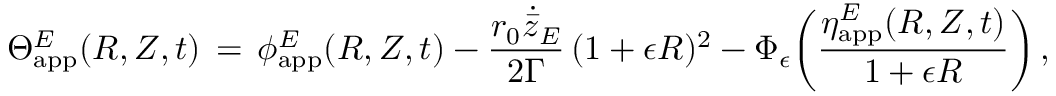
\Theta _ { \mathrm { a p p } } ^ { E } ( R , Z , t ) \, = \, \phi _ { \mathrm { a p p } } ^ { E } ( R , Z , t ) - \frac { r _ { 0 } \dot { \bar { z } } _ { E } } { 2 \Gamma } \, ( 1 + \epsilon R ) ^ { 2 } - \Phi _ { \epsilon } \biggl ( \frac { \eta _ { \mathrm { a p p } } ^ { E } ( R , Z , t ) } { 1 + \epsilon R } \biggr ) \, ,